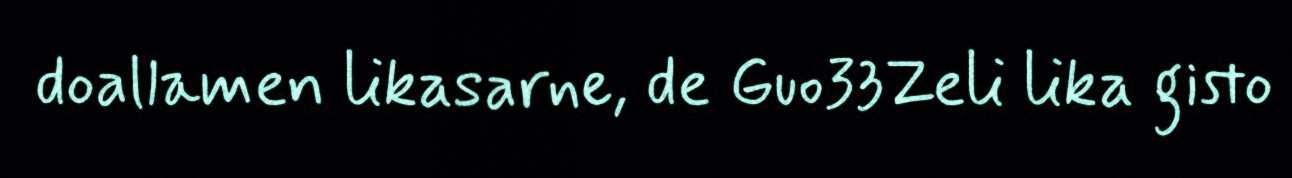
doallamen likasarne, de Guo33Zeli lika gisto